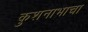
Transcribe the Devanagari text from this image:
कुशनाभाचा